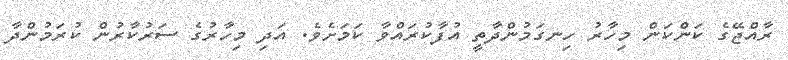
ރާއްޖޭގެ ކަންކަން މިހާރު ހިނގަމުންދާތީ އުފާކުރައްވާ ކަމަށެވެ. އަދި މިހާރުގެ ސަރުކާރުން ކުރަމުންދާ